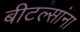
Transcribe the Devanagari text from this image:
बीटल्सांना